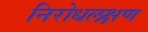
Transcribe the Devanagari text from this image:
निरोधलक्षण